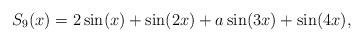
LaTeX: \begin{align*} S_9(x) = 2\sin(x) + \sin(2x)+ a \sin(3x) + \sin(4x) , \end{align*}